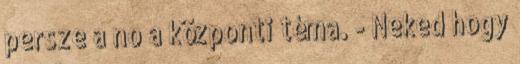
persze a no a központi téma. - Neked hogy